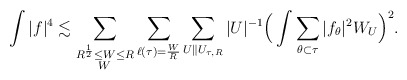
\begin{align*} \int|f|^4\lesssim \sum_{\substack{R^{\frac{1}{2}}\le W\le R\\ W\,}}\sum_{\ell(\tau)=\frac{W}{R}}\sum_{U\|U_{\tau,R}}|U|^{-1}\Big(\int\sum_{\theta\subset\tau}|f_\theta|^2W_U\Big)^2. \end{align*}